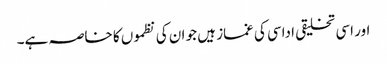
اور اسی تخلیقی اداسی کی غماز ہیں جو ان کی نظموں کا خاصہ ہے۔